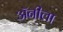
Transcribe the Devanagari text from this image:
अॅनीला